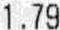
1.79